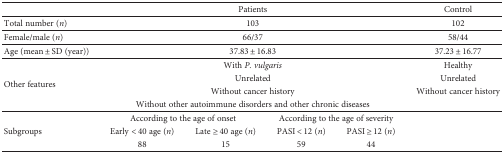
|  | <COLSPAN=4> Patients | Control |
 | --- | --- | --- | --- | --- | --- |
 | Total number (n) | <COLSPAN=4> 103 | 102 |
 | Female/male (n) | <COLSPAN=4> 66/37 | 58/44 |
 | Age (mean ± SD (year)) | <COLSPAN=4> 37.83 ± 16.83 | 37.23 ± 16.77 |
 | <ROWSPAN=4> Other features | <COLSPAN=4> With P. vulgaris | Healthy |
 | <COLSPAN=4> Unrelated | Unrelated |
 | <COLSPAN=4> Without cancer history | Without cancer history |
 | <COLSPAN=4> Without other autoimmune disorders and other chronic diseases |  |
 | <ROWSPAN=3> Subgroups | <COLSPAN=2> According to the age of onset | <COLSPAN=2> According to the age of severity | <ROWSPAN=3>  |
 | Early < 40 age (n) | Late ≥ 40 age (n) | PASI < 12 (n) | PASI ≥ 12 (n) |
 | 88 | 15 | 59 | 44 |